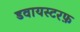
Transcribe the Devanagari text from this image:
डवायस्टरफ़